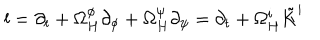
LaTeX: l = \partial _ { t } + \Omega _ { H } ^ { \phi } \partial _ { \phi } + \Omega _ { H } ^ { \psi } \partial _ { \psi } = \partial _ { t } + \Omega _ { H } ^ { i } \tilde { K } ^ { i }